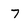
Character: 7